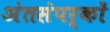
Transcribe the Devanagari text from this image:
अंतसंपर्कों